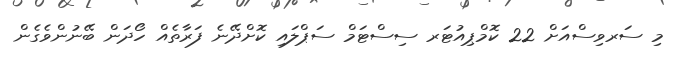
މި ސަރވިސްއަށް 22 ކޮމްޕިއުޓަރ ސިސްޓަމް ސަޕްލައި ކޮށްދޭނެ ފަރާތެއް ހޯދަން ބޭނުންވެގެން